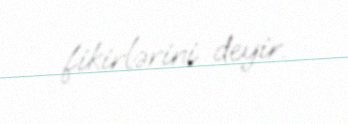
fikirlərini deyir.